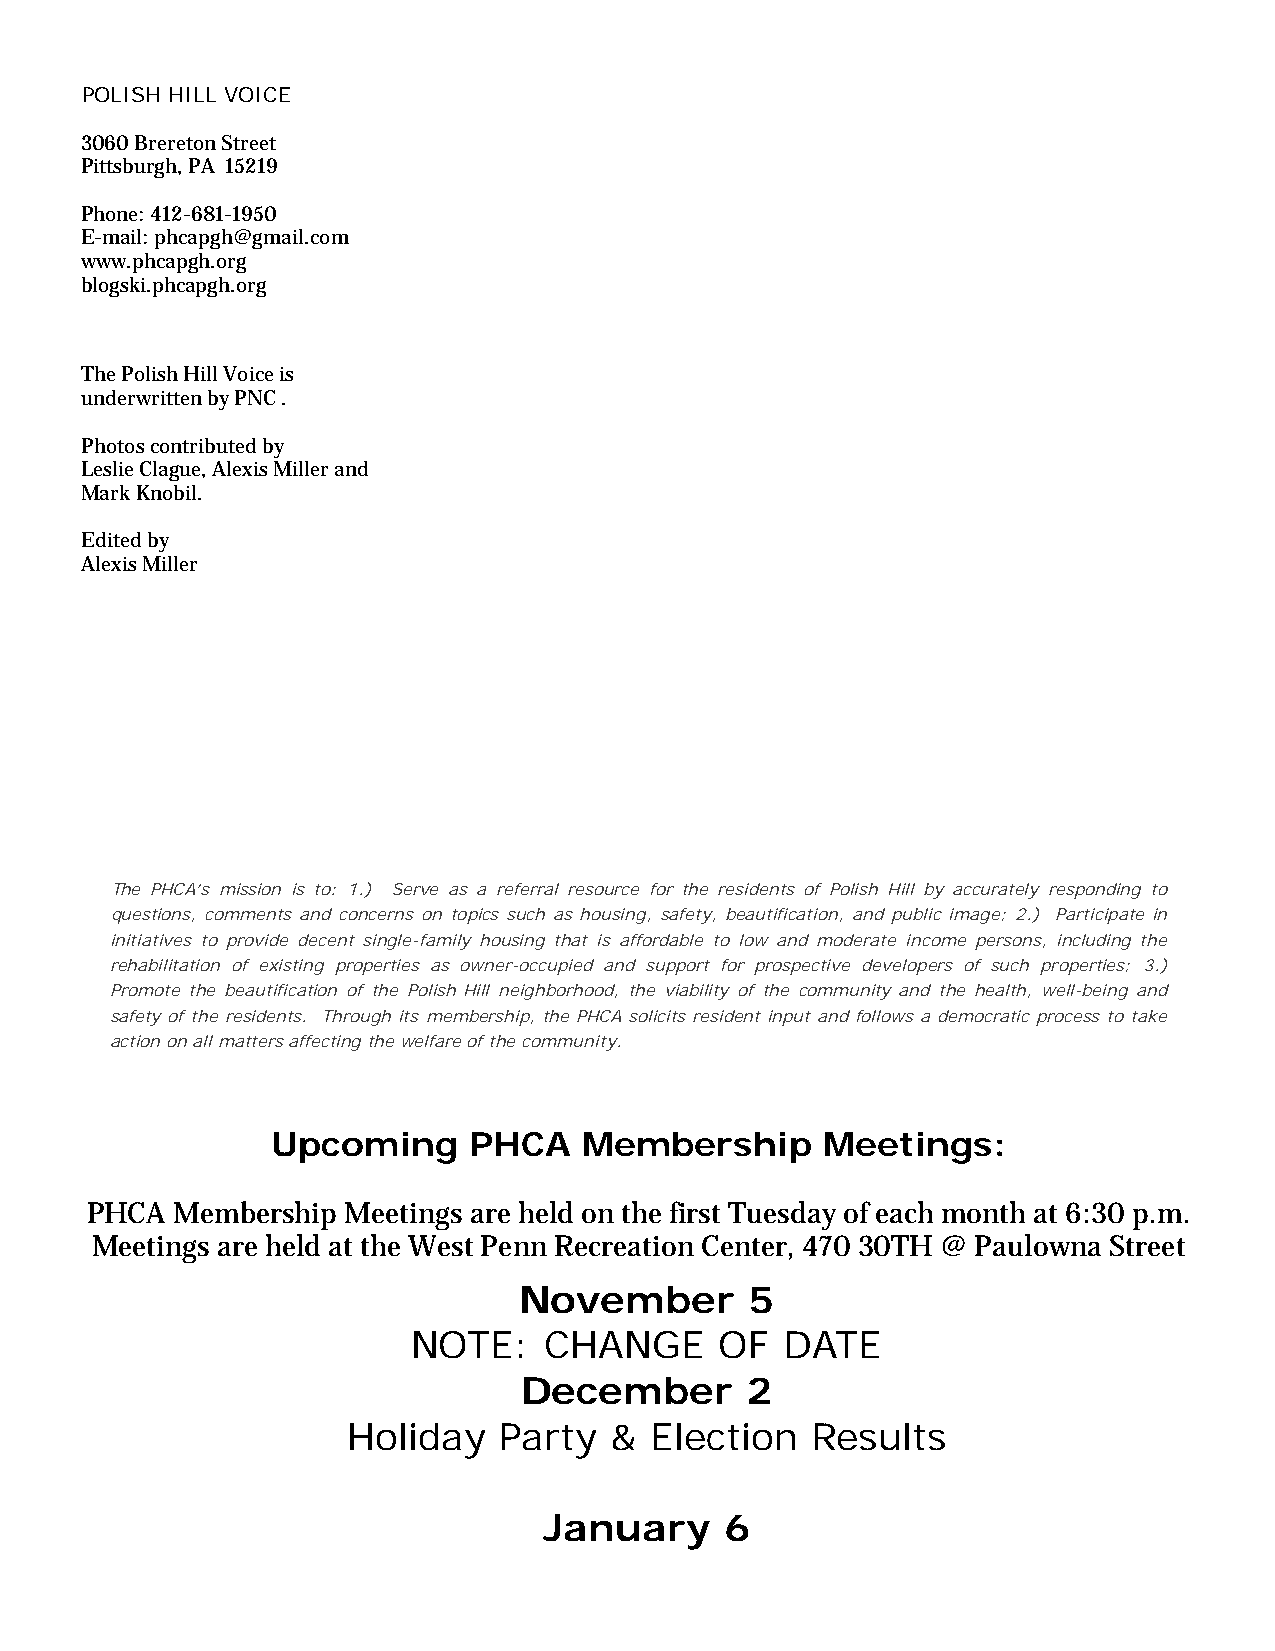
POLISH HILL VOICE
 3060 Brereton Street
 Pittsburgh, PA 15219
 Phone: 412-681-1950
 E-mail: phcapgh@gmail.com
 www.phcapgh.org
 blogski.phcapgh.org
 The Polish Hill Voice is
 underwritten by PNC .
 Photos contributed by
 Leslie Clague, Alexis Miller and
 Mark Knobil.
 Edited by
 Alexis Miller
 The PHCA’s mission is to: 1.) Serve as a referral resource for the residents of Polish Hill by accurately responding to
 questions, comments and concerns on topics such as housing, safety, beautification, and public image; 2.) Participate in
 initiatives to provide decent single-family housing that is affordable to low and moderate income persons, including the
 rehabilitation of existing properties as owner-occupied and support for prospective developers of such properties; 3.)
 Promote the beautification of the Polish Hill neighborhood, the viability of the community and the health, well-being and
 safety of the residents. Through its membership, the PHCA solicits resident input and follows a democratic process to take
 action on all matters affecting the welfare of the community.
 Upcoming     PHCA    Membership      Meetings:
 PHCA Membership  Meetings are held on the first Tuesday of each month at 6:30 p.m.
 Meetings are held at the West Penn Recreation Center, 470 30TH @ Paulowna Street
 November        5
 NOTE:    CHANGE      OF  DATE
 December       2
 Holiday   Party  &  Election   Results
 January     6